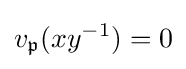
v_{\mathfrak {p}}(xy^{-1})=0